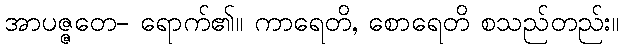
အာပဇ္ဇတေ- ရောက်၏။ ကာရေတိ, စောရေတိ စသည်တည်း။